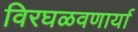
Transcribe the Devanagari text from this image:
विरघळवणार्या